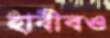
হাবীবও